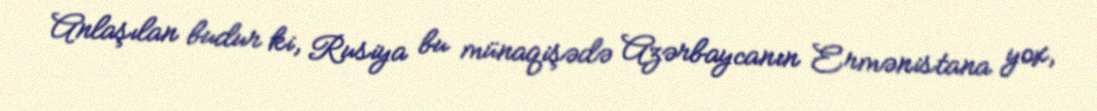
Anlaşılan budur ki, Rusiya bu münaqişədə Azərbaycanın Ermənistana yox,